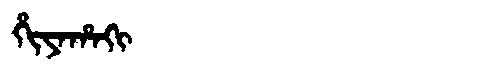
Manchu: ᡥᡳᠶᠠᡥᠠᡴᡳ
Romanization: HIYAHAKI